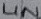
Text: LIN